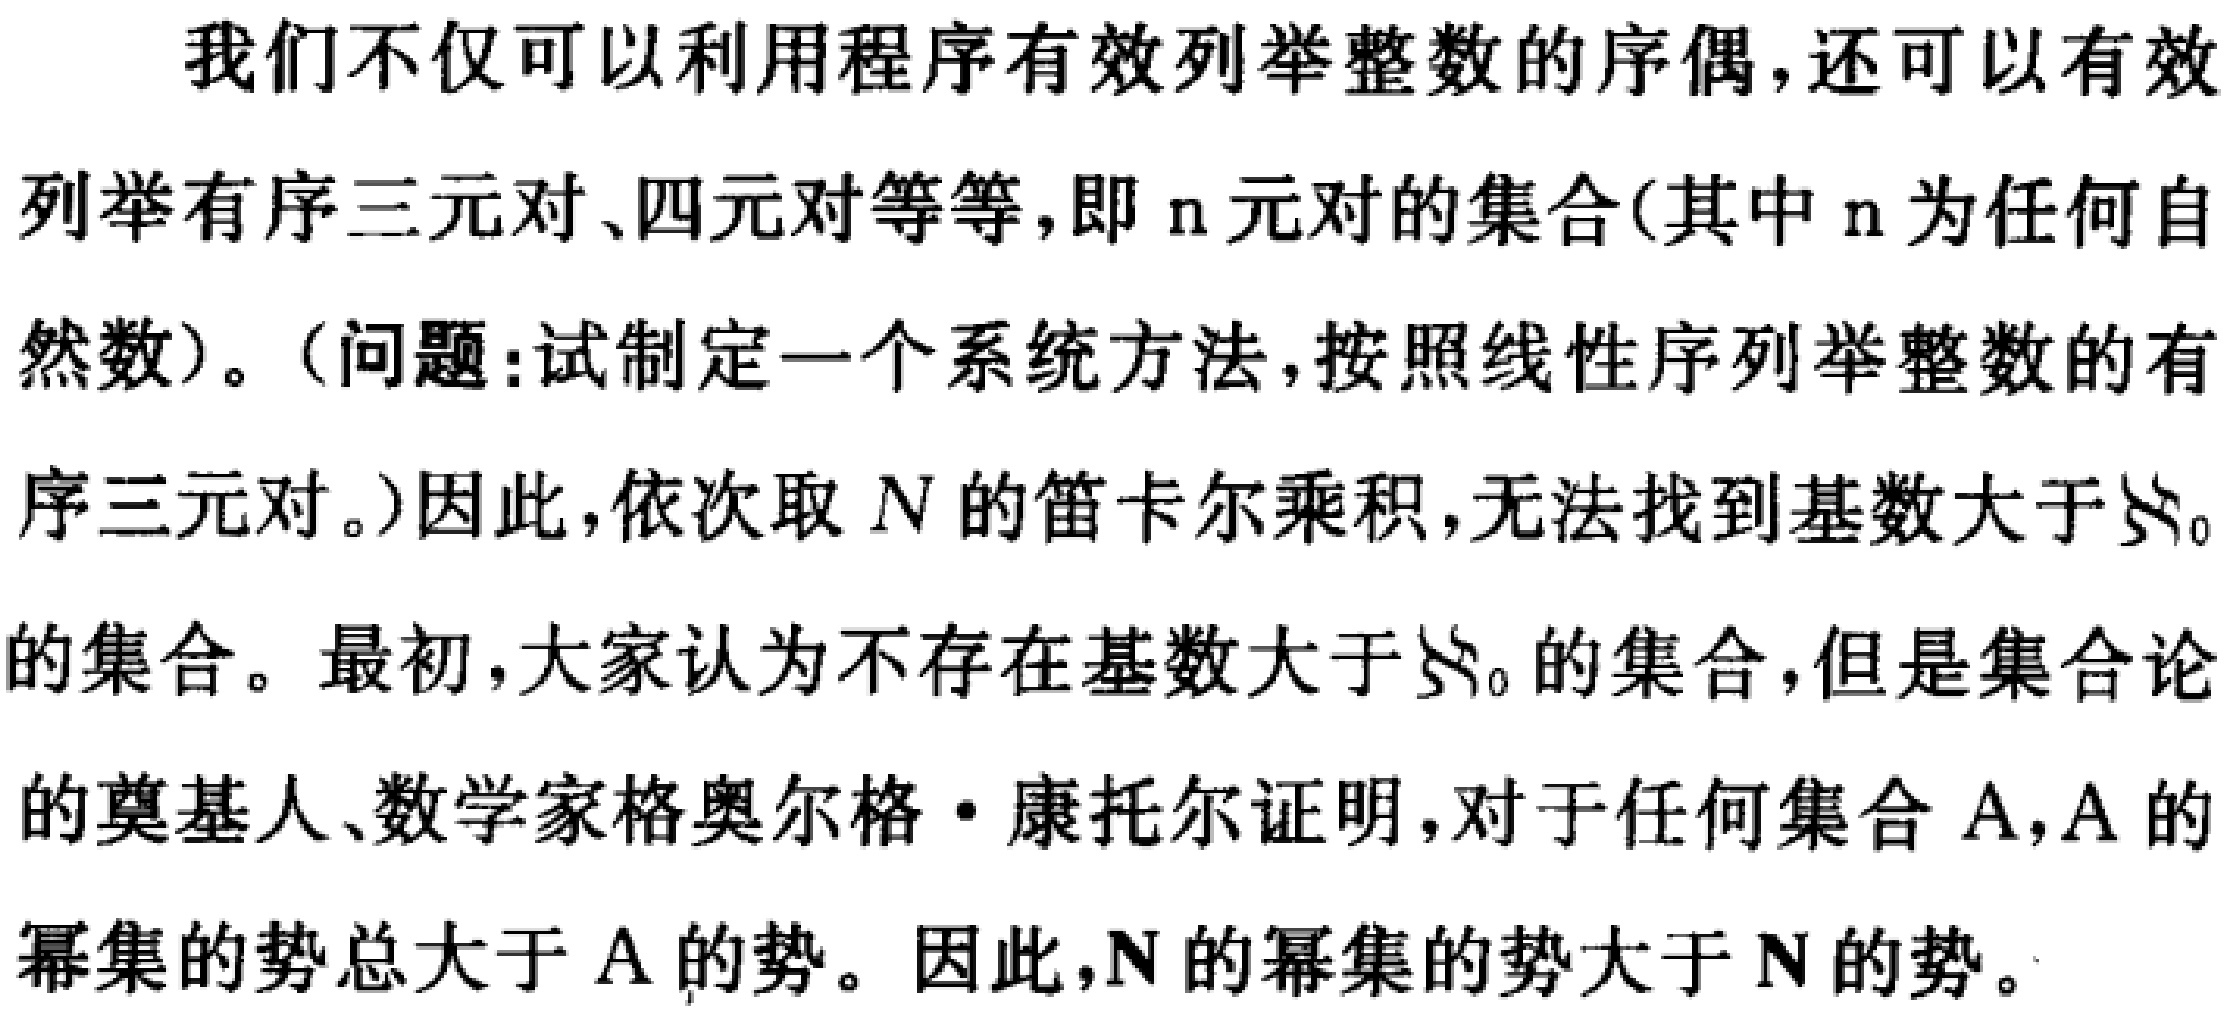
我们不仅可以利用程序有效列举整数的序偶,还可以有效
列举有序三元对、四元对等等,即 \(n\) 元对的集合(其中 \(n\) 为任何自
然数)。（问题:试制定一个系统方法,按照线性序列举整数的有
序三元对。）因此,依次取 \(N\) 的笛卡尔乘积,无法找到基数大于 \(\aleph_0\)
的集合。最初,大家认为不存在基数大于 \(\aleph_0\) 的集合,但是集合论
的奠基人、数学家格奥尔格·康托尔证明,对于任何集合 \(A\),\(A\) 的
幂集的势总大于 \(A\) 的势。因此,\(N\) 的幂集的势大于 \(N\) 的势。